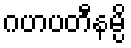
ဂဟပတီနမ္ပိ